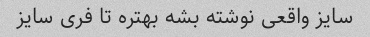
سایز واقعی نوشته بشه بهتره تا فری سایز